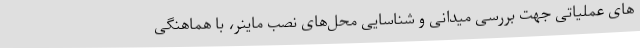
های عملیاتی جهت بررسی میدانی و شناسایی محل‌های نصب ماینر، با هماهنگی